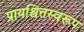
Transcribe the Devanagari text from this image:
प्रायश्चित्तस्वरूप